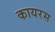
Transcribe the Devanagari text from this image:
कायरस